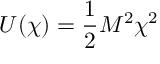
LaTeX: U ( \chi ) = { \frac { 1 } { 2 } } M ^ { 2 } \chi ^ { 2 }